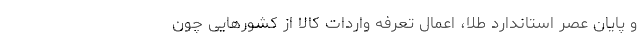
و پایان عصر استاندارد طلا، اعمال تعرفه واردات کالا از کشورهایی چون